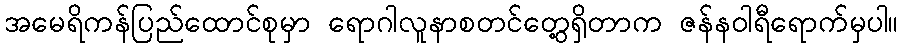
အမေရိကန်ပြည်ထောင်စုမှာ ရောဂါလူနာစတင်တွေ့ရှိတာက ဇန်နဝါရီရောက်မှပါ။